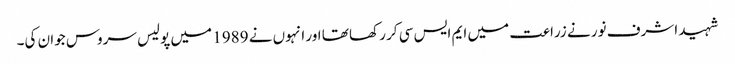
شہید اشرف نور نے زراعت میں ایم ایس سی کر رکھا تھا اور انہوں نے 1989 میں پولیس سروس جوان کی۔